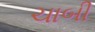
ચાબી